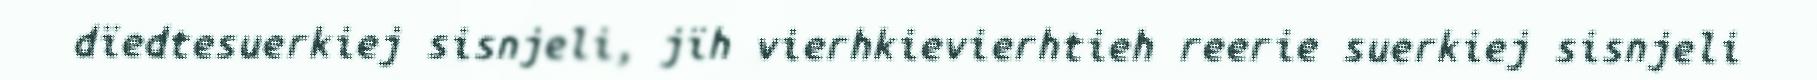
dïedtesuerkiej sisnjeli, jïh vierhkievierhtieh reerie suerkiej sisnjeli